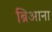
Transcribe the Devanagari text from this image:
ब्रिआना